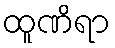
ထူဏိရာ